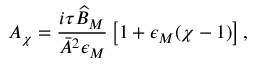
A _ { \chi } = \frac { i \tau \widehat { B } _ { M } } { \bar { A } ^ { 2 } \epsilon _ { M } } \left[ 1 + \epsilon _ { M } ( \chi - 1 ) \right] ,